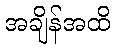
အချိန်အထိ